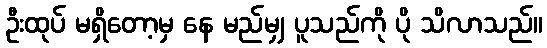
ဦးထုပ် မရှိတော့မှ နေ မည်မျှ ပူသည်ကို ပို သိလာသည်။